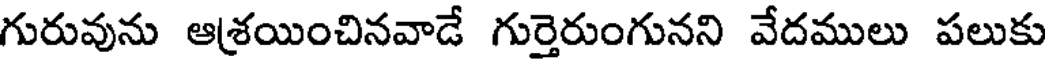
గురువును ఆశ్రయించినవాడే గుర్తెరుంగునని వేదములు పలుకు